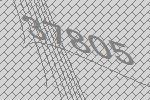
37805